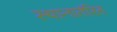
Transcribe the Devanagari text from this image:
स्थानातंरित